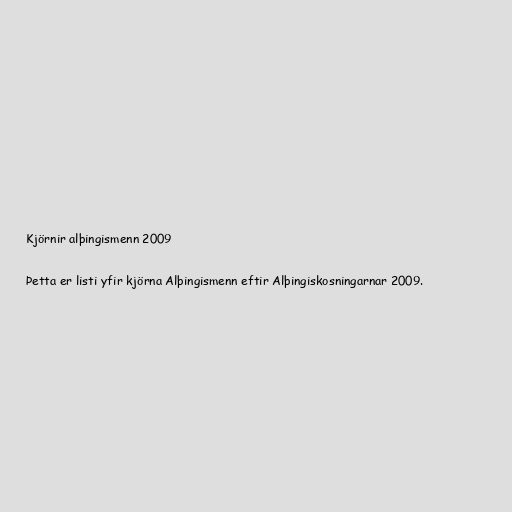
Kjörnir alþingismenn 2009

Þetta er listi yfir kjörna Alþingismenn eftir Alþingiskosningarnar 2009.